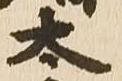
太